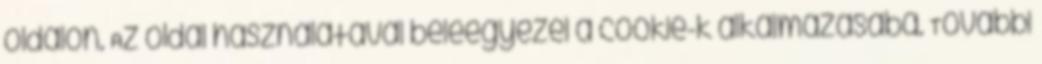
oldalon. Az oldal használatával beleegyezel a cookie-k alkalmazásába. További